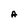
Character: A